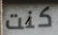
كنت